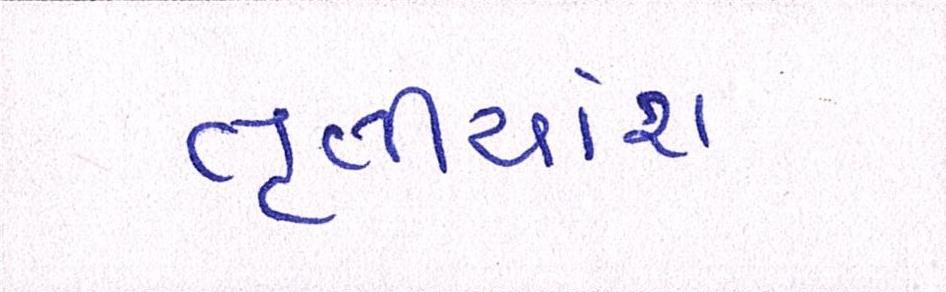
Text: તૃતીયાંશ